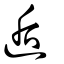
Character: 逅